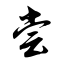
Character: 尝